Annual administration report of the Civil Veterinary Department of India - 1897-1898
Year: 1897
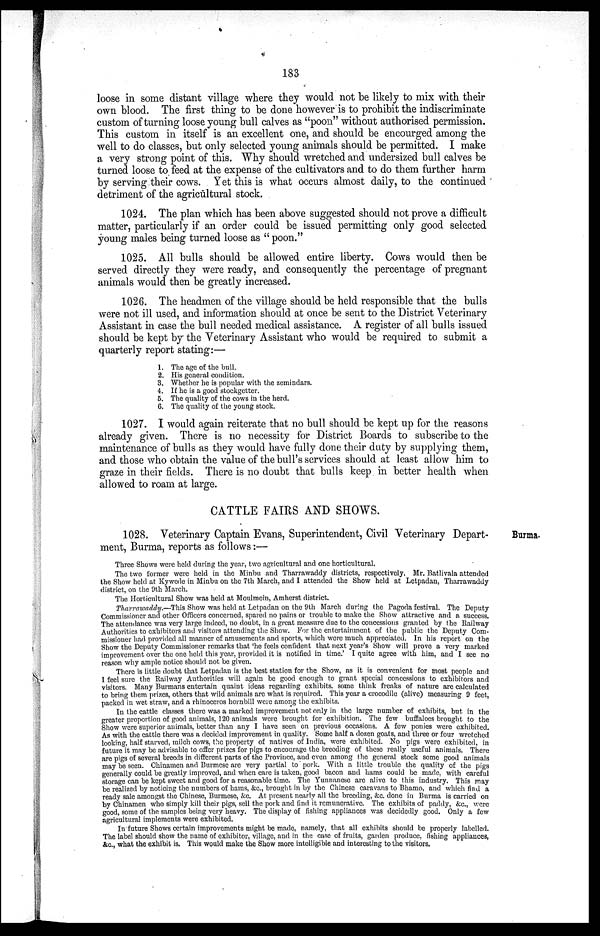
183
loose in some distant village where they would not be likely to mix with their
own blood. The first thing to be done however is to prohibit the indiscriminate
custom of turning loose young bull calves as "poon" without authorised permission.
This custom in itself is an excellent one, and should be encourged among the
well to do classes, but only selected young animals should be permitted. I make
a very strong point of this. Why should wretched and undersized bull calves be
turned loose to feed at the expense of the cultivators and to do them further harm
by serving their cows. Yet this is what occurs almost daily, to the continued
detriment of the agricultural stock.
1024. The plan which has been above suggested should not prove a difficult
matter, particularly if an order could be issued permitting only good selected
young males being turned loose as "poon."
1025. All bulls should be allowed entire liberty. Cows would then be
served directly they were ready, and consequently the percentage of pregnant
animals would then be greatly increased.
1026. The headmen of the village should be held responsible that the bulls
were not ill used, and information should at once be sent to the District Veterinary
Assistant in case the bull needed medical assistance. A register of all bulls issued
should be kept by the Veterinary Assistant who would be required to submit a
quarterly report stating:—
1. The age of the bull.
2. His general condition.
3. Whether he is popular with the zemindars.
4. If he is a good stockgetter.
5. The quality of the cows in the herd.
6. The quality of the young stock.
1027. I would again reiterate that no bull should be kept up for the reasons
already given. There is no necessity for District Boards to subscribe to the
maintenance of bulls as they would have fully done their duty by supplying them,
and those who obtain the value of the bull's services should at least allow him to
graze in their fields. There is no doubt that bulls keep in better health when
allowed to roam at large.
CATTLE FAIRS AND SHOWS.
Burma.
1028. Veterinary Captain Evans, Superintendent, Civil Veterinary Depart-
ment, Burma, reports as follows:—
Three Shows were held during the year, two agricultural and one horticultural.
The two former were held in the Minbu and Tharrawaddy districts, respectively. Mr. Batlivala attended
the Show held at Kywede in Minbu on the 7th March, and I attended the Show held at Letpadan, Tharrawaddy
district, on the 9th March.
The Horticultural Show was held at Moulmein, Amherst district.
Tharrawaddy.—This Show was held at Letpadan on the 9th March during the Pagoda festival. The Deputy
Commissioner and other Officers concerned, spared no pains or trouble to make the Show attractive and a success.
The attendance was very large indeed, no doubt, in a great measure due to the concessions granted by the Railway
Authorities to exhibitors and visitors attending the Show. For the entertainment of the public the Deputy Com-
missioner had provided all manner of amusements and sports, which were much appreciated. In his report on the
Show the Deputy Commissioner remarks that 'he feels confident that next year's Show will prove a very marked
improvement over the one held this year, provided it is notified in time.' I quite agree with him, and I see no
reason why ample notice should not be given.
There is little doubt that Letpadan is the best station for the Show, as it is convenient for most people and
I feel sure the Railway Authorities will again be good enough to grant special concessions to exhibitors and
visitors. Many Burmans entertain quaint ideas regarding exhibits, some think freaks of nature are calculated
to bring them prizes, others that wild animals are what is required. This year a crocodile (alive) measuring 9 feet,
packed in wet straw, and a rhinoceros hornbill were among the exhibits.
In the cattle classes there was a marked improvement not only in the large number of exhibits, but in the
greater proportion of good animals, 120 animals were brought for exhibition. The few buffaloes brought to the
Show were superior animals, better than any I have seen on previous occasions. A few ponies were exhibited.
As with the cattle there was a decided improvement in quality. Some half a dozen goats, and three or four wretched
looking, half starved, milch cows, the property of natives of India, were exhibited. No pigs were exhibited, in
future it may be advisable to offer prizes for pigs to encourage the breeding of these really useful animals. There
are pigs of several breeds in different parts of the Province, and even among the general stock some good animals
may be seen. Chinamen and Burmese are very partial to pork. With a little trouble the quality of the pigs
generally could be greatly improved, and when care is taken, good bacon and hams could be made, with careful
storage can be kept sweet and good for a reasonable time. The Yunnanese are alive to this industry. This may
be realized by noticing the numbers of hams, &c., brought in by the Chinese caravans to Bhamo, and which find a
ready sale amongst the Chinese, Burmese, &c. At present nearly all the breeding, &c. done in Burma is carried on
by Chinamen who simply kill their pigs, sell the pork and find it remunerative. The exhibits of paddy, &c., were
good, some of the samples being very heavy. The display of fishing appliances was decidedly good. Only a few
agricultural implements were exhibited.
In future Shows certain improvements might be made, namely, that all exhibits should be properly labelled.
The label should show the name of exhibitor, village, and in the case of fruits, garden produce, fishing appliances,
&c., what the exhibit is. This would make the Show more intelligible and interesting to the visitors.